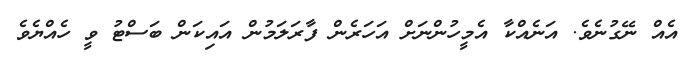
އެއް ނޭގުނެވެ. އަނެއްކާ އެމީހުންނަށް އަހަރެން ފާރަލަމުން އައިކަން ބަސްޓު ވީ ހެއްޔެވެ